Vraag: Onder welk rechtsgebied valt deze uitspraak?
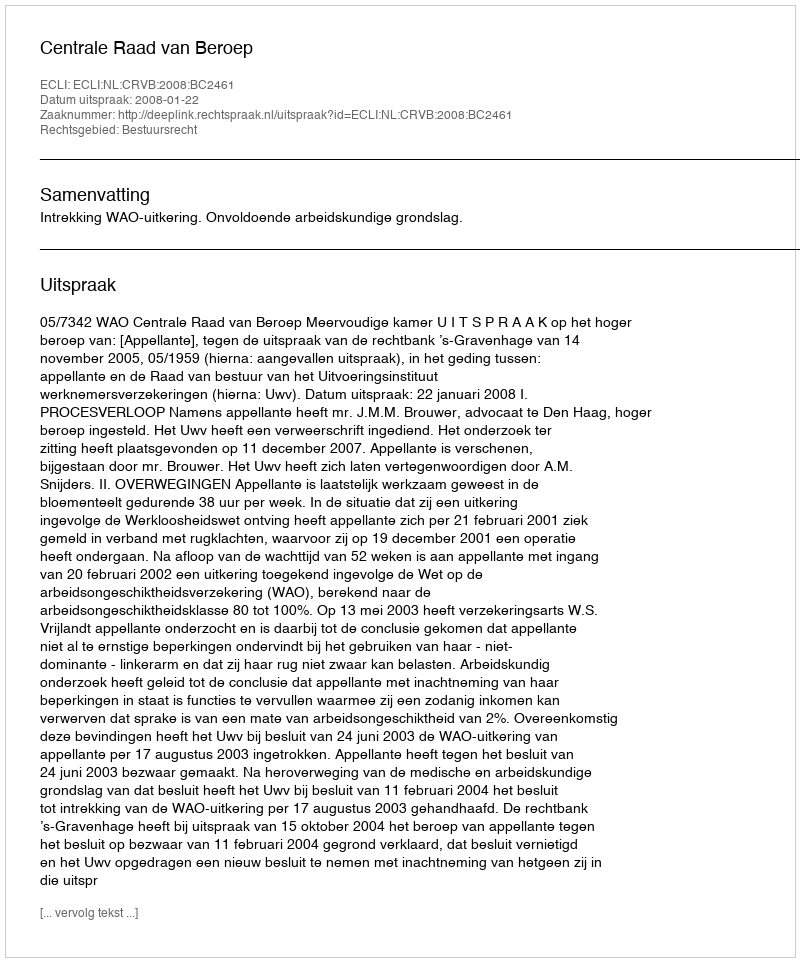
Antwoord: Bestuursrecht